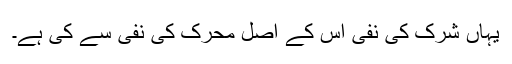
یہاں شرک کی نفی اس کے اصل محرک کی نفی سے کی ہے۔